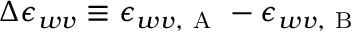
\Delta \epsilon _ { w v } \equiv \epsilon _ { w v , \mathrm { ~ A ~ } } - \epsilon _ { w v , \mathrm { ~ B ~ } }